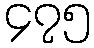
၄၇၅